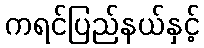
ကရင်ပြည်နယ်နှင့်